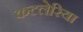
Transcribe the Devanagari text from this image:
कटलेरिया